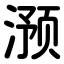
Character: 滪